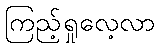
ကြည့်ရှုလေ့လာ